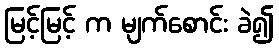
မြင့်မြင့် က မျက်စောင်း ခဲ၍